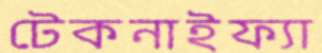
টেকনাইফ্যা